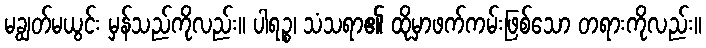
မချွတ်မယွင်း မှန်သည်ကိုလည်း။ ပါရဉ္စ၊ သံသရာ၏ ထိုမှာဖက်ကမ်းဖြစ်သော တရားကိုလည်း။